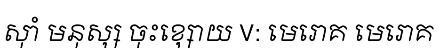
ស៊ាំ មនុស្ស ចុះខ្សោយ V: មេរោគ មេរោគ